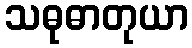
သဓုဓာတုယာ